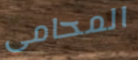
المحامى